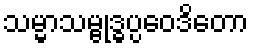
သမ္မာသမ္ဗုဒ္ဓပ္ပဝေဒိတော